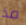
مذ